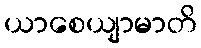
ယာစေယျာမာတိ